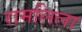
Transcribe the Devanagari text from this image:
रामलिला